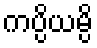
ကပ္ပိယမ္ပိ